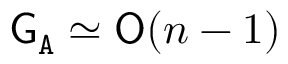
{ \mathsf { G } } _ { \mathtt { A } } \simeq { \mathsf { O } } ( n - 1 )